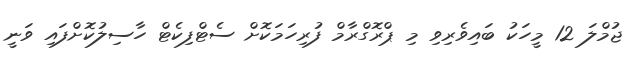
ޖުމްލަ 12 މީހަކު ބައިވެރިވި މި ޕްރޮގްރާމް ފުރިހަމަކޮށް ސެޓްފިކެޓް ހާސިލުކޮށްފައި ވަނީ